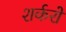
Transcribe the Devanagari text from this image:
शर्करों